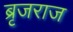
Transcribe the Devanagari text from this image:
ब्रृजराज